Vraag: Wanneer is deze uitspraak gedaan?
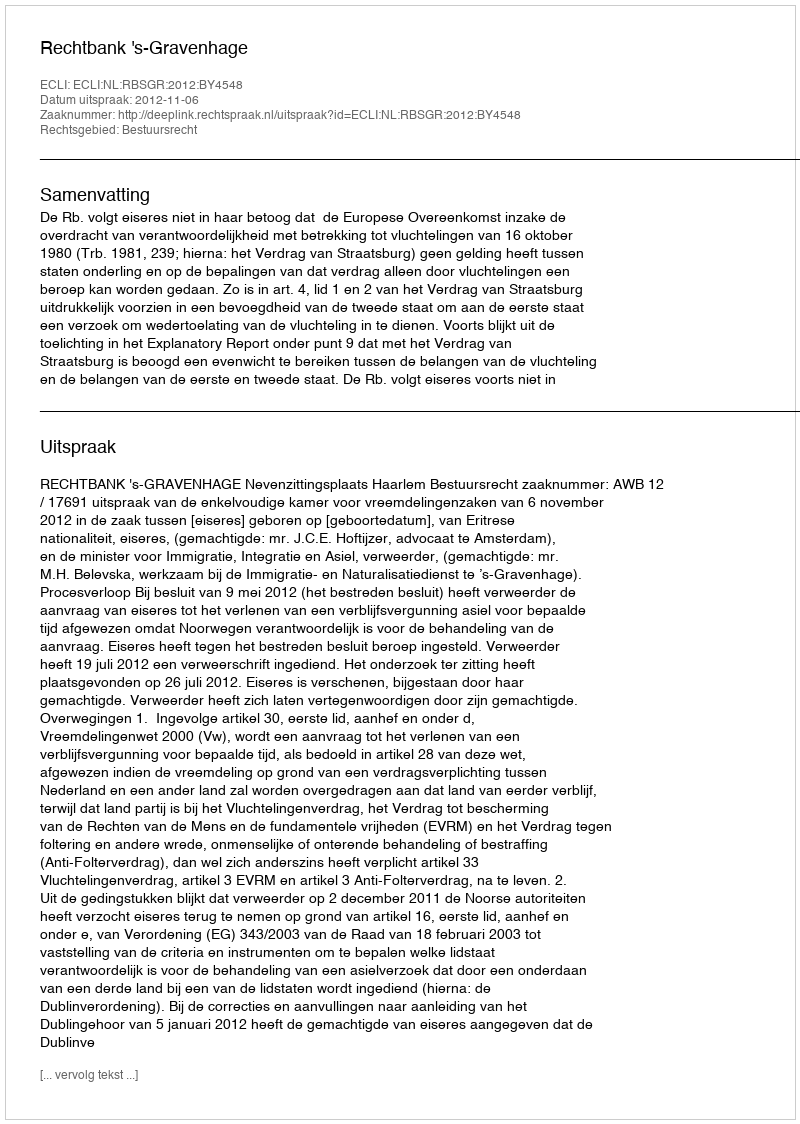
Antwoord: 2012-11-06